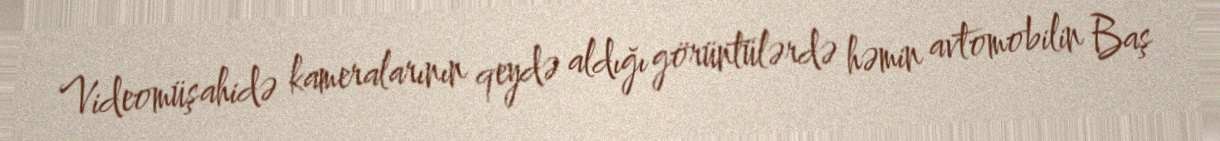
Videomüşahidə kameralarının qeydə aldığı görüntülərdə həmin avtomobilin Baş